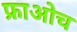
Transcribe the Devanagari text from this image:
फ्राओच